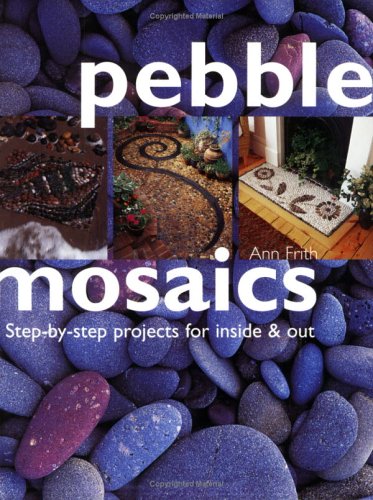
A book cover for Pebble Mosaics: Step-By-Step Projects for Inside & Out; Ann Frith; Crafts, Hobbies & Home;